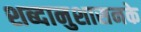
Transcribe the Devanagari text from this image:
शब्दानुशासनके